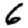
Digit: 6